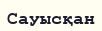
Сауысқан